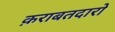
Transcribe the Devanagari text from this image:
क़राबतदारो